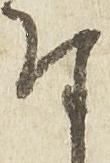
付